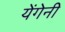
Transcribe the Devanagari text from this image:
येंगेनी